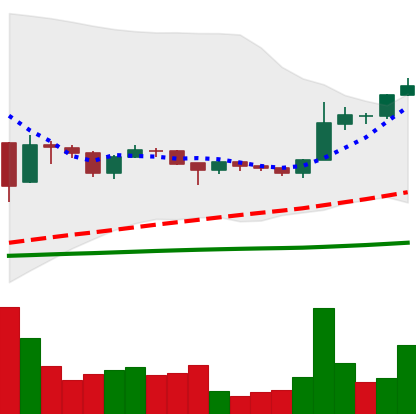
Ticker: BTC-USD
Chart end date: 2015-11-30
Forward return: 3.082%
Label: up_3_5